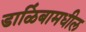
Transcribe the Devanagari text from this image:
डाळिंबामधील